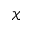
\mathcal { X }